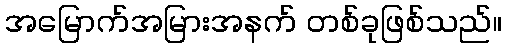
အမြောက်အမြားအနက် တစ်ခုဖြစ်သည်။